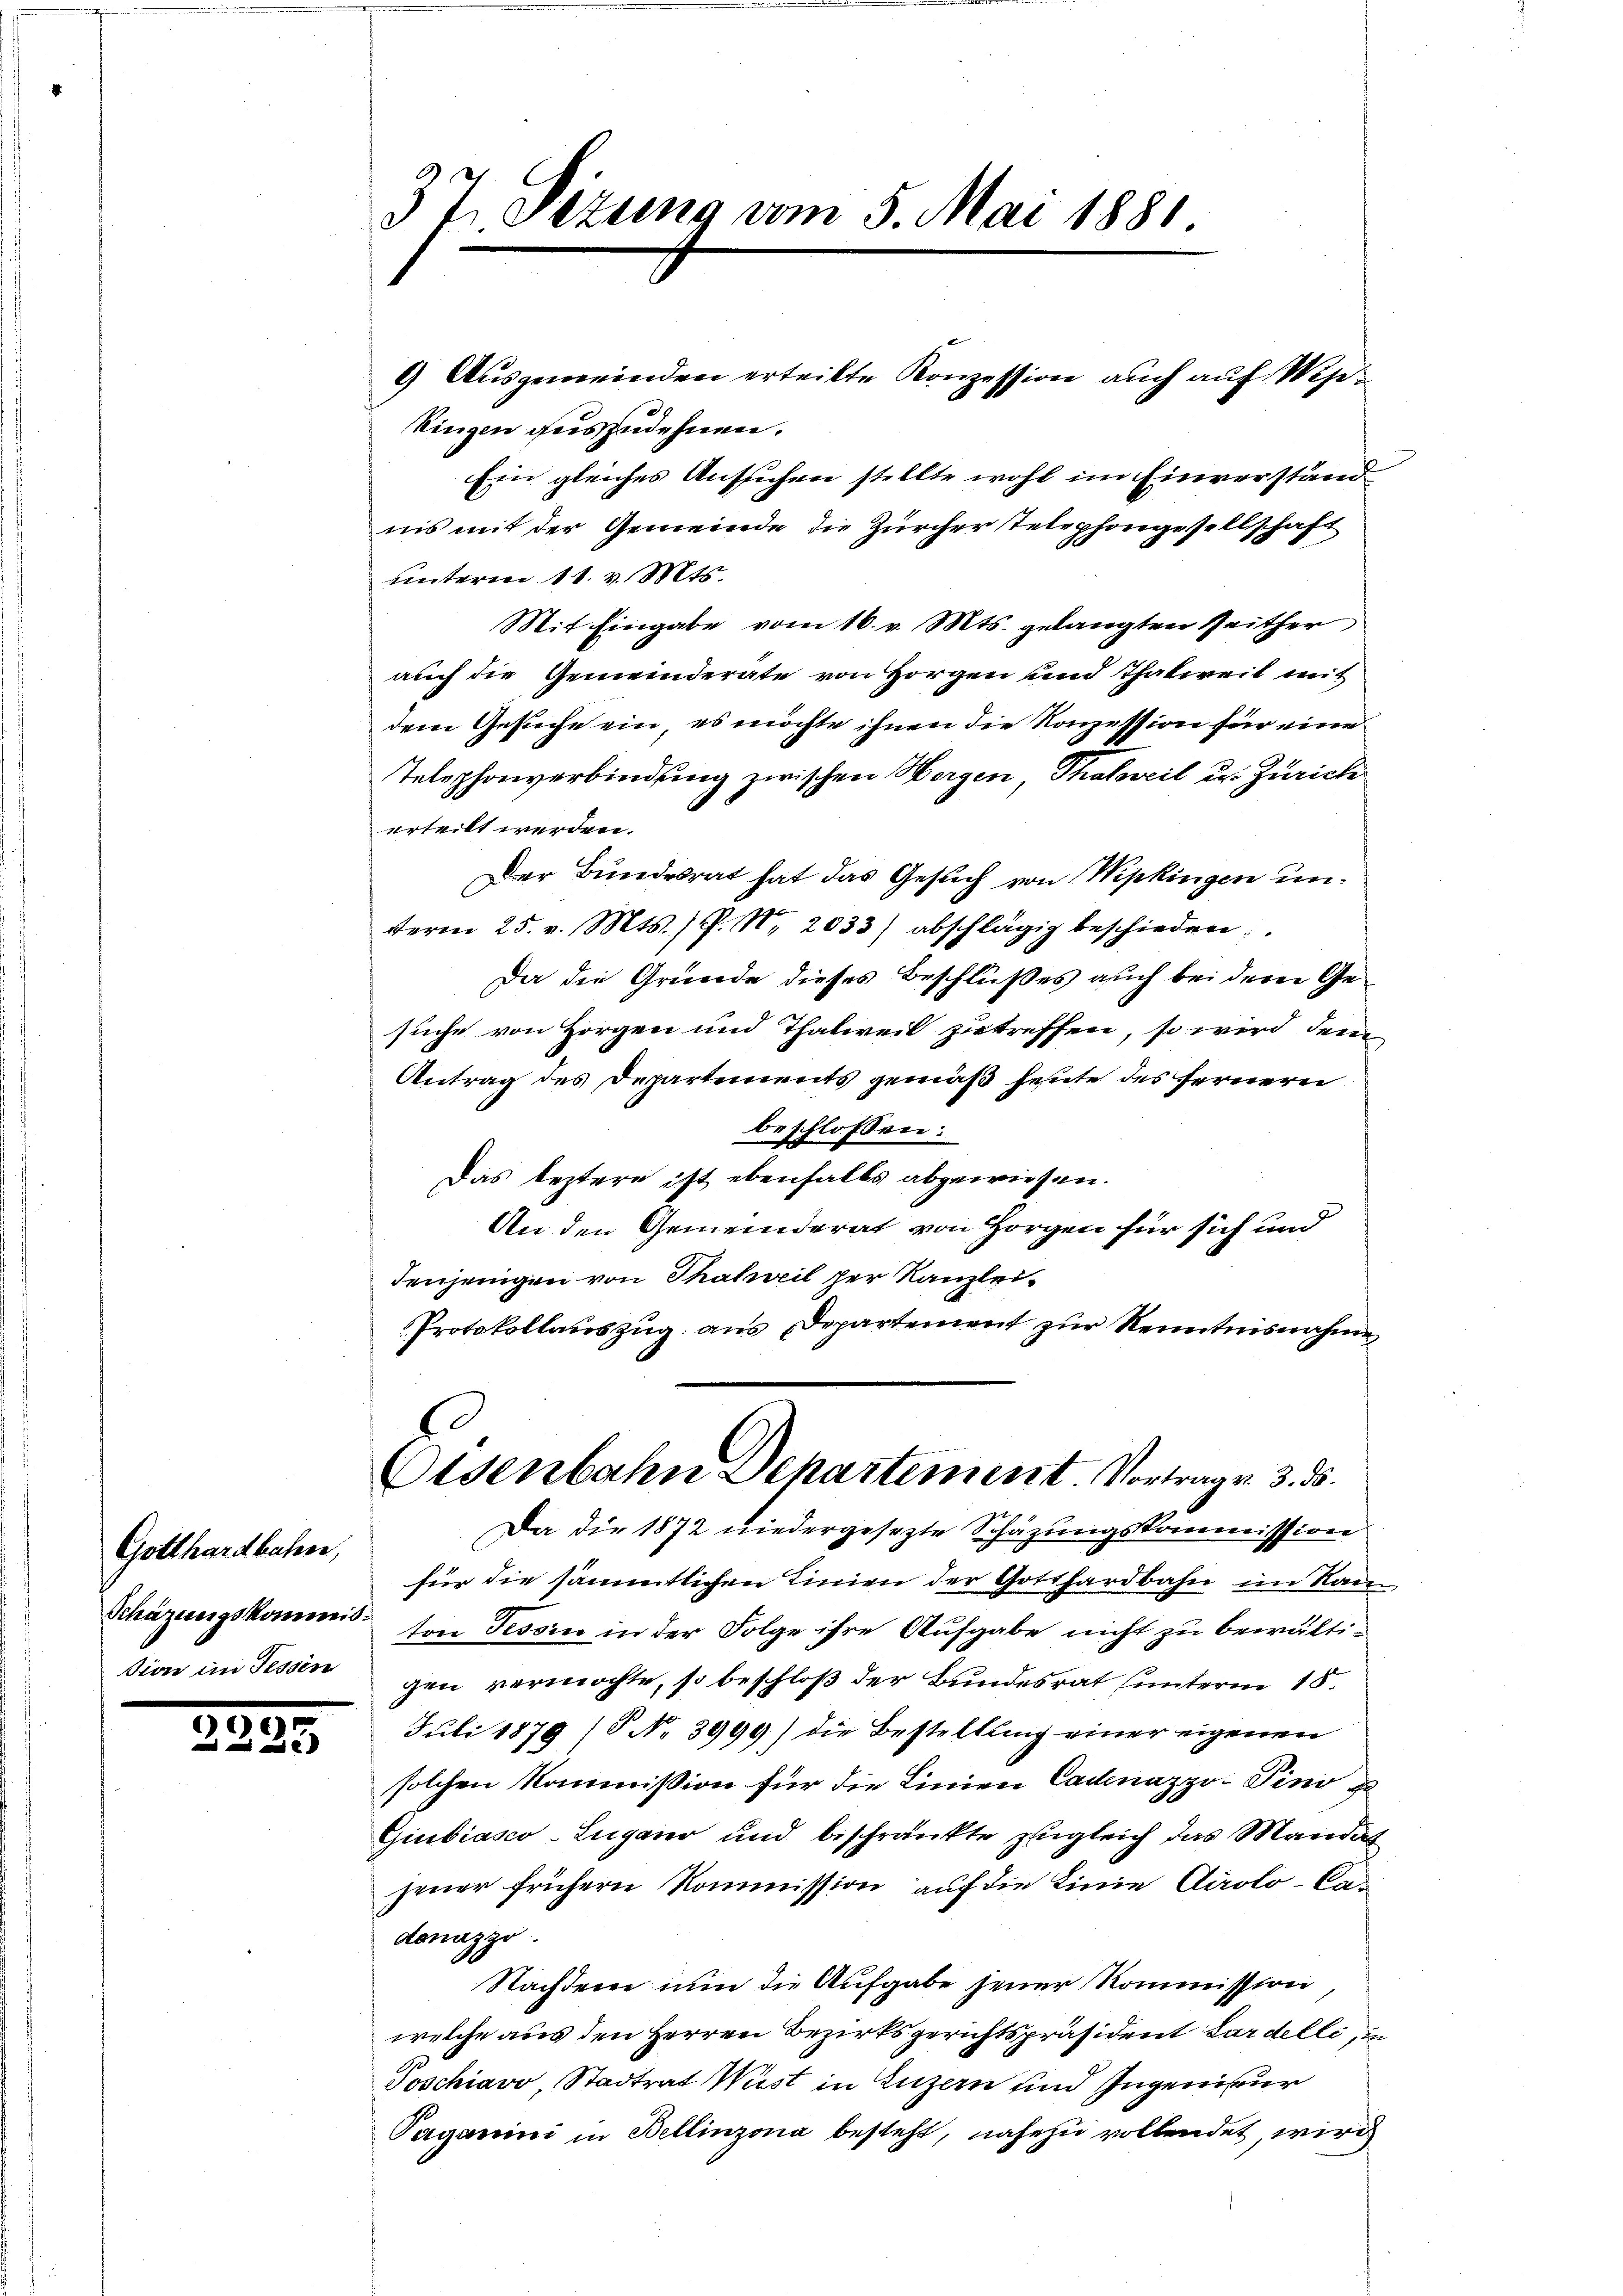
Gotthardbahnen,
sion im Sessen

.

3.
 Le

37. Sizung vom 5. Mai 1881.

9) Ausgemeinden erteilte Konzession auch auf Wipkingen auszudehnen.
Ein gleiches Ansuchen stellte wohl im Einverständnis mit der Gemeinde die Zürcher Telephongesellschaft
unterm 11. v. Mts.
Mit Eingabe vom 16. v. Mts. gelangten Seither
auch die Gemeinderate von Horgen und Thalweil mit
dem Gesuche ein, es möchte ihnen die Konzession für eine
Telephonverbindung zwischen Horgen, Thalweil u. Zürich
erteilt werden.
Der Bundesrat hat das Gesuch von Wipkingen unterm 25. v. Mts. ) P. Nr. 2033) abschlägig beschieden:
Da die Gründe dieses Beschlußes auch bei der Gesuche von Horgen und Thalweil zutreffen, so wird dem
Antrag des Departements gemäß heute des fernern
beschlossen:
Das leztere ist ebenfalls abgewiesen.
An den Gemeinderat von Horgen für sich und
denjenigen von Thalweil per Kanzlei¬
Protokollauszug aus Departement zur Kenntnisnahmen
Eisenbahn Departement. Vortrag v. 3. ds.
Da die 1872 niedergesezte Schäzungskommission
für die sämmtlichen Linien der Gotthardbahn im Rau¬
Schazungskommis von Tessin in der Folge ihre Aufgabe nicht zu bewältigen vermöchte, so beschloß der Bundesrat unterm 15.
Juli 1879 (P No 3999) die Bestellung einer eigenen
solchen Kommission für die Linien Cadenazzo-Pini zu
Giubiasco-Lugano und beschränkte zugleich das Mandat
jener frühern Kommission auf die Linie Proto-Cadonazzo.
Nachdem nun die Aufgabe jener Kommission,
welche aus den Herren Bezirksgerichtspräsident Lardelli, in
Poschiavo, Stadtrat Weist in Luzern und Ingenieur
Paganini in Bellinzona besteht, nahezu vollendet, wird